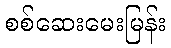
စစ်ဆေးမေးမြန်း